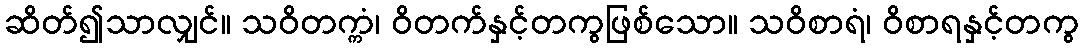
ဆိတ်၍သာလျှင်။ သဝိတက္ကံ၊ ဝိတက်နှင့်တကွဖြစ်သော။ သဝိစာရံ၊ ဝိစာရနှင့်တကွ